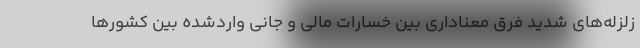
زلزله‌های شدید فرق معناداری بین خسارات مالی و جانی واردشده بین کشورها